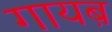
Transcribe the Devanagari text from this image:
गायब़